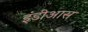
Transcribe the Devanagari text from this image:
इंडीआस